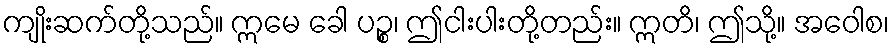
ကျိုးဆက်တို့သည်။ ဣမေ ခေါ ပဉ္စ၊ ဤငါးပါးတို့တည်း။ ဣတိ၊ ဤသို့။ အဝေါစ၊